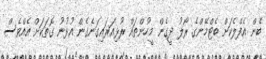
ބެން އެފްލެކަށް ބެޓްމޭންގެ ރޯލު ދީގެން މީހުންތައް ރުޅިއަރައިގަނެގެން އުޅުނު ގޮތަކަށް އެއްވެސް